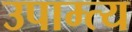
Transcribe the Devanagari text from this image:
उपाम्त्य